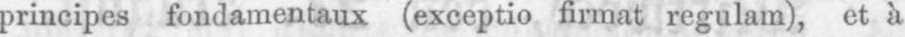
principes fondamentaux (exceptio firmat regulam), et à